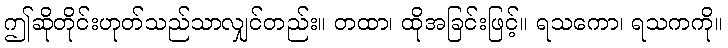
ဤဆိုတိုင်းဟုတ်သည်သာလျှင်တည်း။ တထာ၊ ထိုအခြင်းဖြင့်။ ရသကော၊ ရသကကို။